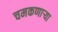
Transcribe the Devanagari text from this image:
चमकणार्‍या